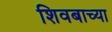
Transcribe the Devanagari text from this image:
शिवबाच्‍या